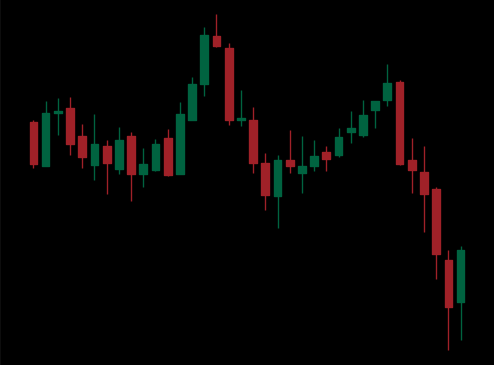
Pattern: head_shoulders